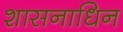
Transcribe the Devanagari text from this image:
शासनाधिन